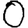
Digit: 0